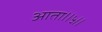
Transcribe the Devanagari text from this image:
आता।।५।।